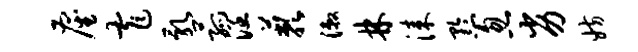
雇窄乳菰涵蔌漱林漆黔忽劣妨